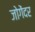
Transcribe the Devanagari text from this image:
जोगेंदर